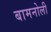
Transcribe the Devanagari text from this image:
बामनोली